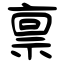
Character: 禀